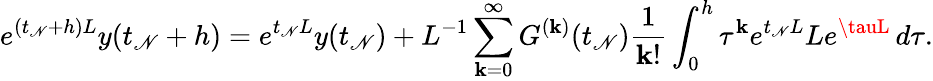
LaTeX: e^{(t_{\mathscr{N}}+h)L}y(t_{\mathscr{N}}+h)=e^{t_{\mathscr{N}}L}y(t_{\mathscr{N}})+L^{-1}\sum_{\mathbf{k}=0}^{\infty}G^{(\mathbf{k})}(t_{\mathscr{N}})\frac{{1}}{{\mathbf{k}!}}\int_{0}^{h}\tau^{\mathbf{k}}e^{t_{\mathscr{N}}L}Le^{\tauL}\, d\tau.